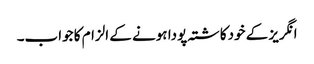
انگریز کے خودکاشتہ پودا ہونے کے الزام کا جواب۔